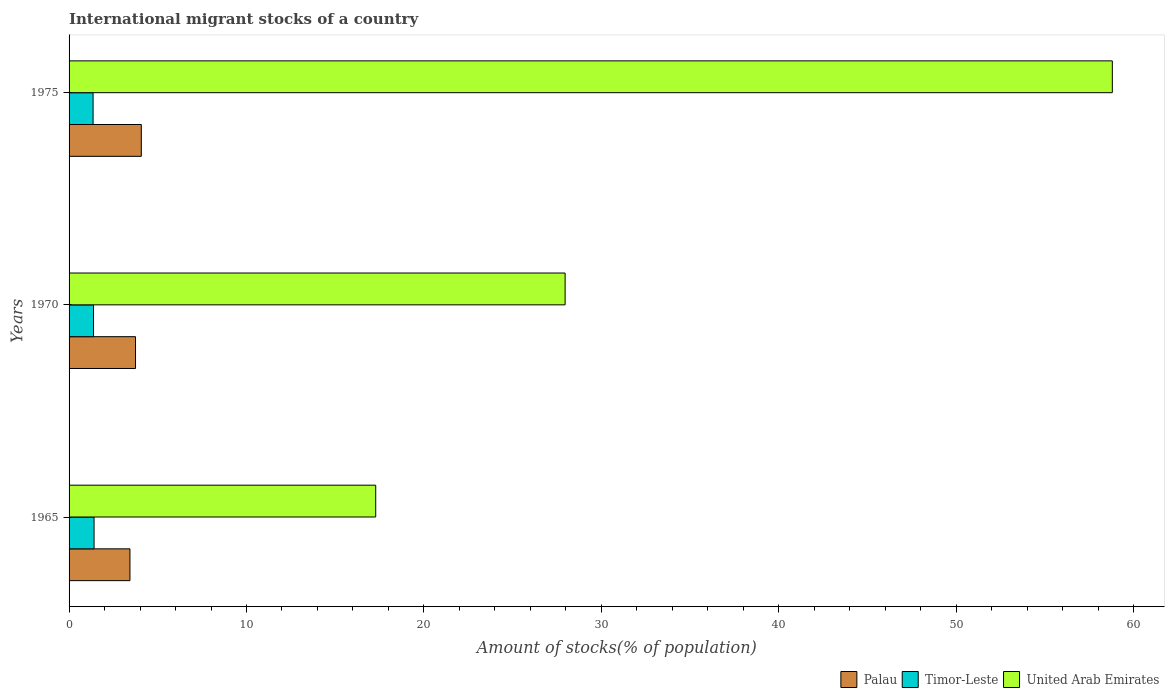
| Years | Palau | Timor-Leste | United Arab Emirates |
 | --- | --- | --- | --- |
 | 1965 | 3.43 | 1.41 | 17.3 |
 | 1970 | 3.75 | 1.38 | 28 |
 | 1975 | 4.07 | 1.35 | 58.8 |